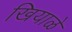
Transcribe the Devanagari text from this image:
खियाळे